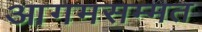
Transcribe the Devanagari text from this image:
आगमसम्मत